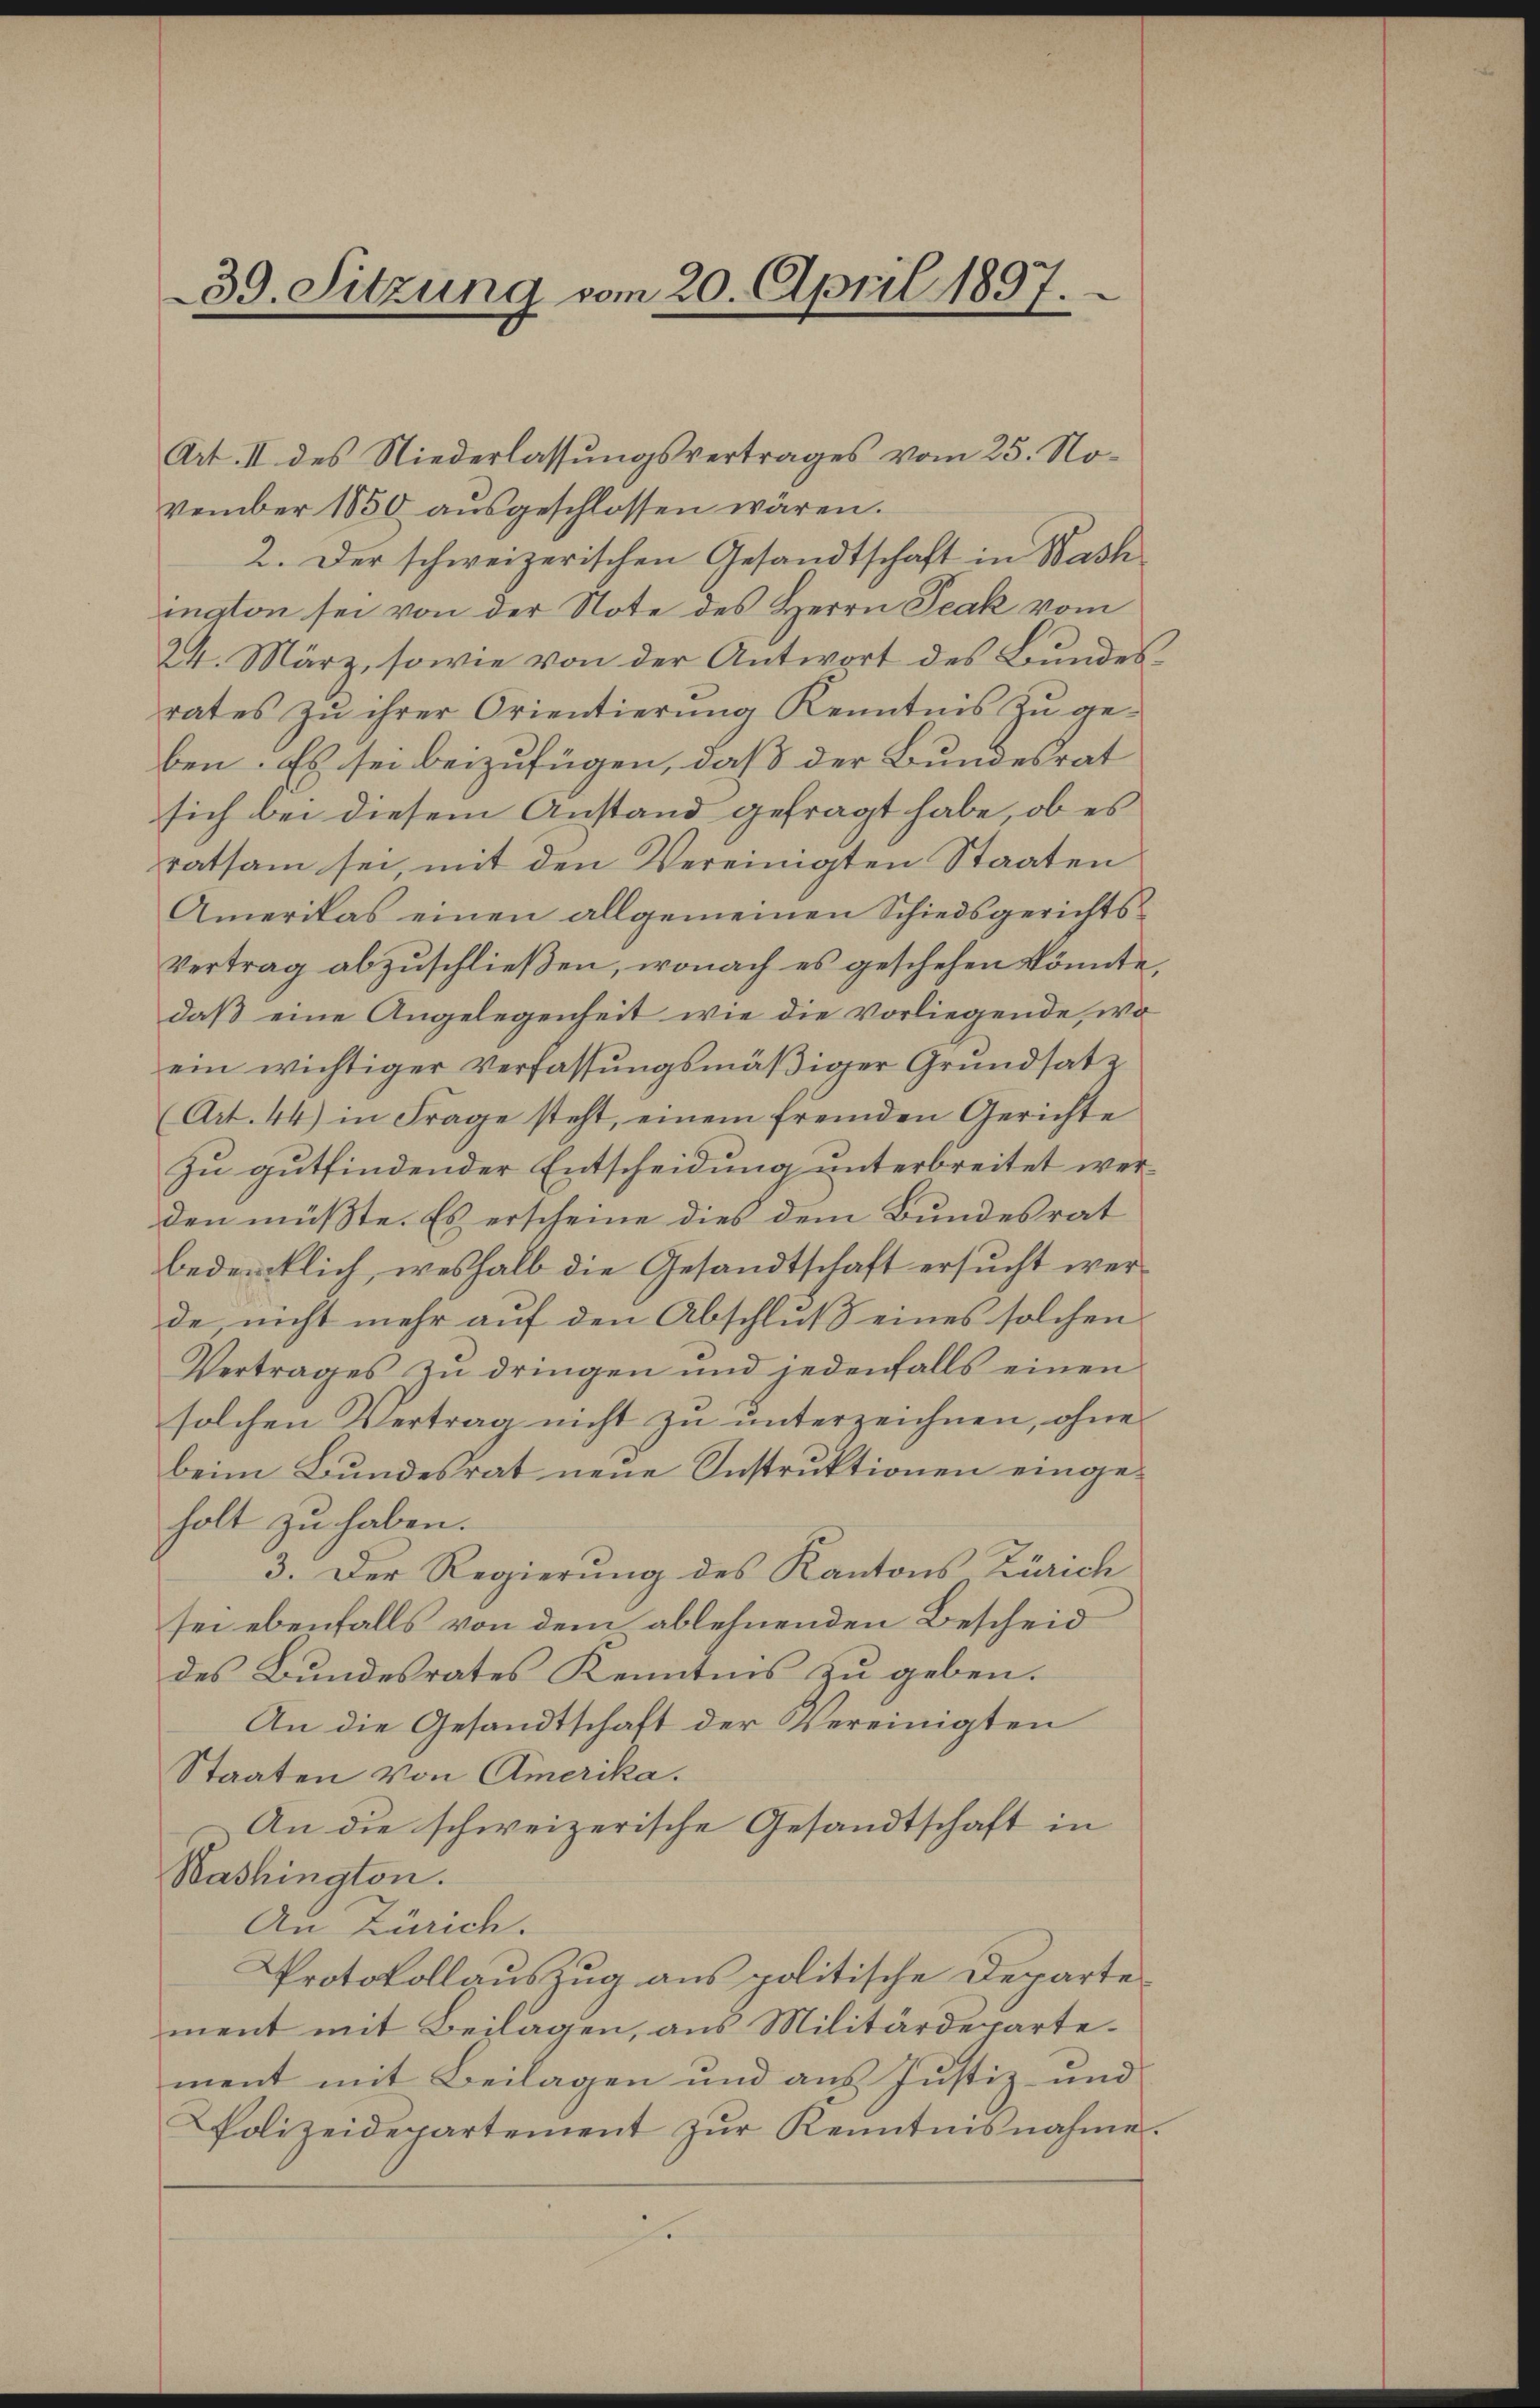
39. Sitzung vom 20. April 1897.

Art. II des Niederlassungsvertrages vom 25. November 1850 ausgeschlossen wären.
2. Der schweizerischen Gesandtschaft in Wash
ington sei von der Note des Herrn Jeak vom
24. März, sowie von der Antwort des Bundesrates zŭ ihrer Orientierŭng Kenntnis zŭ ge-
ben. Es sei beizufügen, daß der Bundesrat
sich bei diesem Anstand gefragt habe, ob es
ratsam sei, mit den Vereinigten Staaten
Amerikas einen allgemeinen Schiedsgerichts¬
Vertrag abzuschließen, wonach es geschehen könnte,
daß eine Angelegenheit wie die vorliegende, wo
ein wichtiger Verfassungsmäßiger Grundsatz
(Art. 44) in Frage steht, einem fremden Gerichte
zu gutfindender Entscheidung unterbreitet werden müßte. Es erscheine dies dem Bundesrat
bedencklich, weshalb die Gesandtschaft ersucht werde, nicht mehr auf den Abschluß eines solchen
Vertrages zu dringen und jedenfalls einen
solchen Vertrag nicht zu unterzeichnen, ohne
beim Bundesrat neue Instruktionen eingeholt zu haben.
3. Der Regierung des Kantons Zürich
sei ebenfalls von dem ablehnenden Bescheid
des Bundesrates Kenntnis zu geben.
An die Gesandtschaft der Vereinigten
Staaten von Amerika.
An die schweizerische Gesandtschaft in
Washington.
An Zürich.
Protokollauszug aus politische Departe
ment mit Beilagen, aus Militärdepartement mit Beilagen und aus Justiz- und
Polizeidepartement zŭr Kenntnisnahme.
r